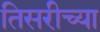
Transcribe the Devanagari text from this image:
तिसरीच्या